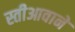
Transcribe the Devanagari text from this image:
स्तीआवाने